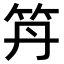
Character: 𥫼